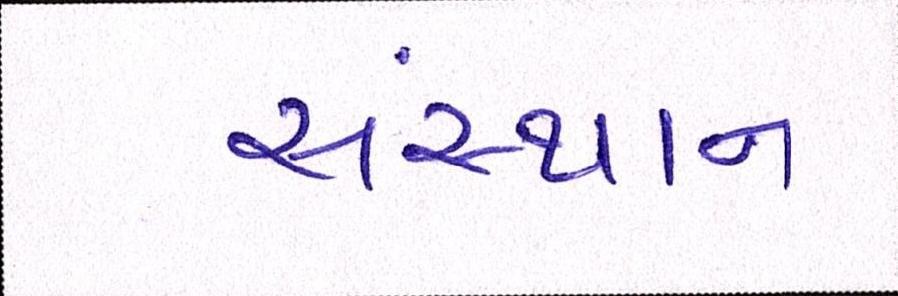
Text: સંસ્થાન